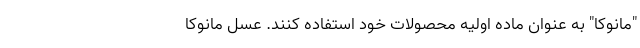
"مانوکا" به عنوان ماده اولیه محصولات خود استفاده کنند. عسل مانوکا